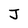
Character: J